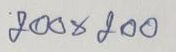
200 x 200